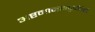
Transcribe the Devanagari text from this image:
अष्टमानसपुत्रांपैकी